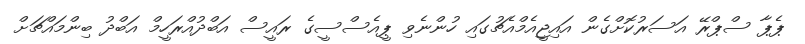
ޕެޕާ ސްޕްރޭ އަސަރުކޮށްގެން އައިޖީއެމްއެޗުގައި ހުންނެވި ޕީއެސްސީގެ ރައީސް އަބްދުއްރަހީމް އަބްދު ބިންމައްޗަށް